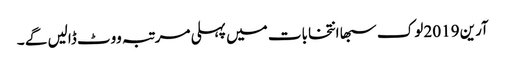
آرین 2019 لوک سبھا انتخابات میں پہلی مرتبہ ووٹ ڈالیں گے ۔